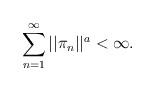
LaTeX: \begin{align*} \sum_{n=1}^\infty ||\pi_n||^a < \infty.\end{align*}